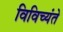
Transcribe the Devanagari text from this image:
विविच्यंते